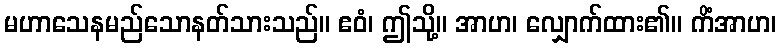
မဟာသေနမည်သောနတ်သားသည်။ ဧဝံ၊ ဤသို့။ အာဟ၊ လျှောက်ထား၏။ ကိံအာဟ၊